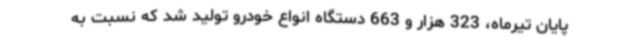
پایان تیرماه، 323 هزار و 663 دستگاه انواع خودرو تولید شد که نسبت به